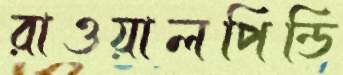
রাওয়ালপিন্ডি